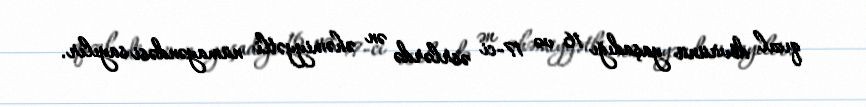
qızıl dövrünü yaşadığı 16 və 17-ci əsrlərdə ən əhəmiyyətli nümayəndəsi sayılır.